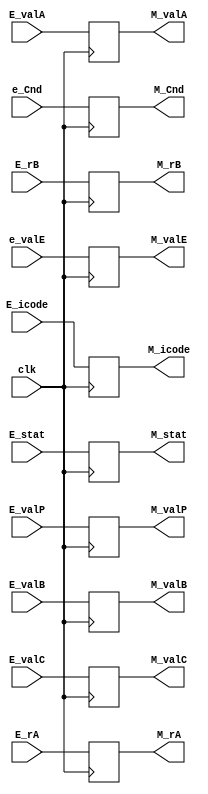
module memory_register(
    clk,E_stat,E_icode,e_Cnd,e_valE,E_valP,E_valA,E_valB,E_rA,E_rB,E_valC,
    M_stat,M_icode,M_Cnd,M_valE,M_valA,M_rB,M_rA,M_valP,M_valC,M_valB);
    
    input clk;
    input [2:0] E_stat;
    input [3:0] E_icode;
    input  e_Cnd;
    input [63:0] e_valE,E_valP,E_valB,E_valC;
    input [63:0] E_valA;
    input [3:0] E_rA;
    input [3:0] E_rB;
    
    output reg [2:0] M_stat;
    output reg [3:0] M_icode;
    output reg  M_Cnd;
    output reg [63:0] M_valE;
    output reg [63:0] M_valA,M_valP,M_valC,M_valB;
    output reg [3:0] M_rA;
    output reg [3:0] M_rB;

    always @(posedge clk)
        begin
            M_stat<=E_stat;
            M_icode<=E_icode;
            M_Cnd<=e_Cnd;
            M_valE<=e_valE;
            M_valA<=E_valA;
            M_rB<=E_rB;
            M_rA<=E_rA;    
            M_valB<=E_valB;
            M_valC<=E_valC;
            M_valP<=E_valP;                  
        end
endmodule